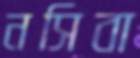
নসিবা